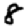
Digit: 8